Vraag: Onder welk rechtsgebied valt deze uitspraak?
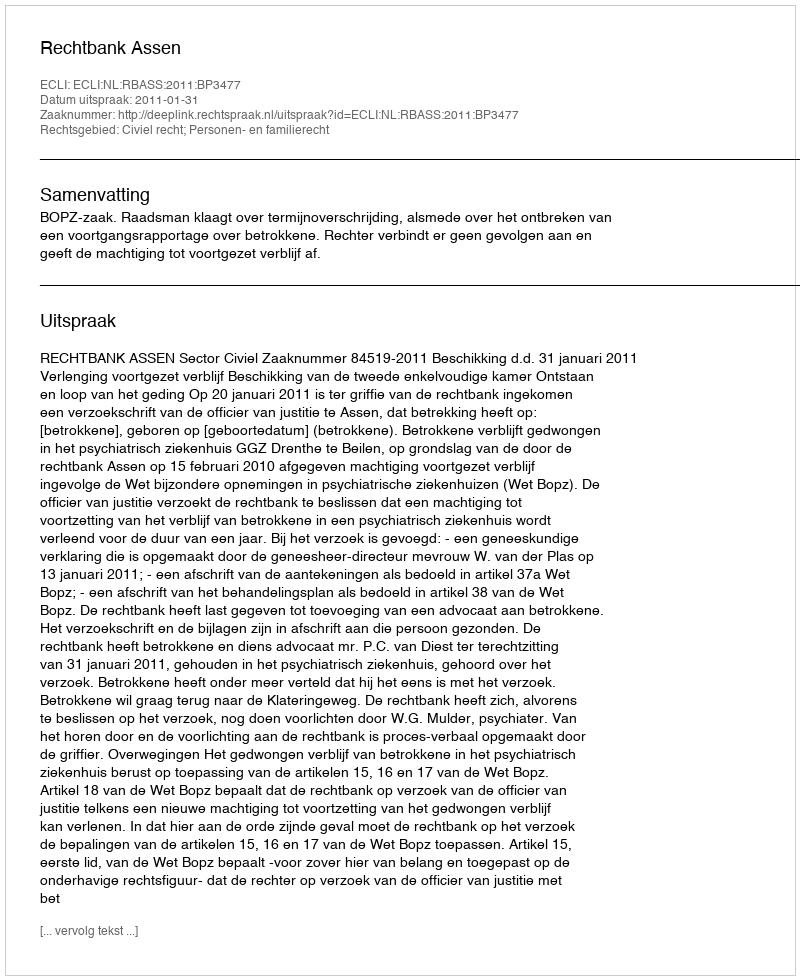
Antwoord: Civiel recht; Personen- en familierecht